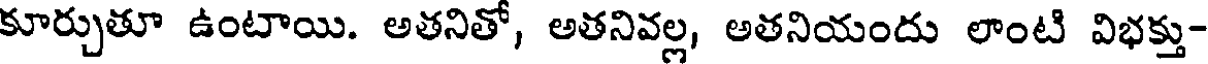
కూర్చుతూ ఉంటాయి. అతనితో, అతనివల్ల, అతనియందు లాంటి విభక్తు-